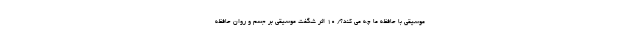
موسیقی با حافظه ما چه می کند؟/ ۱۰ اثر شگفت‌ موسیقی بر جسم و روان حافظه